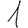
Digit: 1